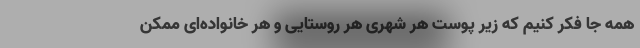
همه جا فکر کنیم که زیر پوست هر شهری هر روستایی و هر خانواده‌ای ممکن